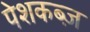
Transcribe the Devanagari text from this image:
पेशकब्ज़